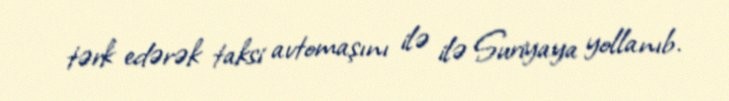
tərk edərək taksi avtomaşını ilə ilə Suriyaya yollanıb.